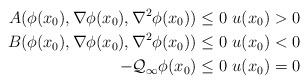
LaTeX: \begin{align*}A(\phi(x_0), \nabla\phi(x_0), \nabla^2 \phi(x_0))\le 0 \ u(x_0)>0\\B(\phi(x_0), \nabla\phi(x_0), \nabla^2 \phi(x_0))\le 0 \ u(x_0)<0\\-\mathcal{Q}_\infty \phi(x_0)\le0 \ u(x_0)=0\end{align*}